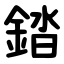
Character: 錔